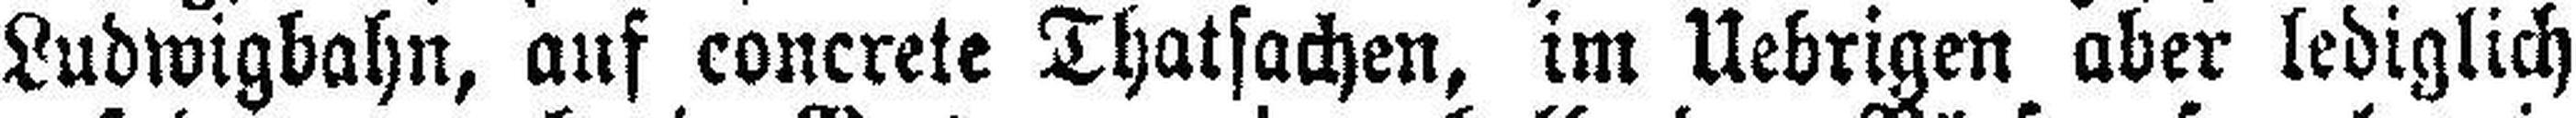
Ludwigbahn, auf concrete Thatsachen, im Uebrigen aber lediglich